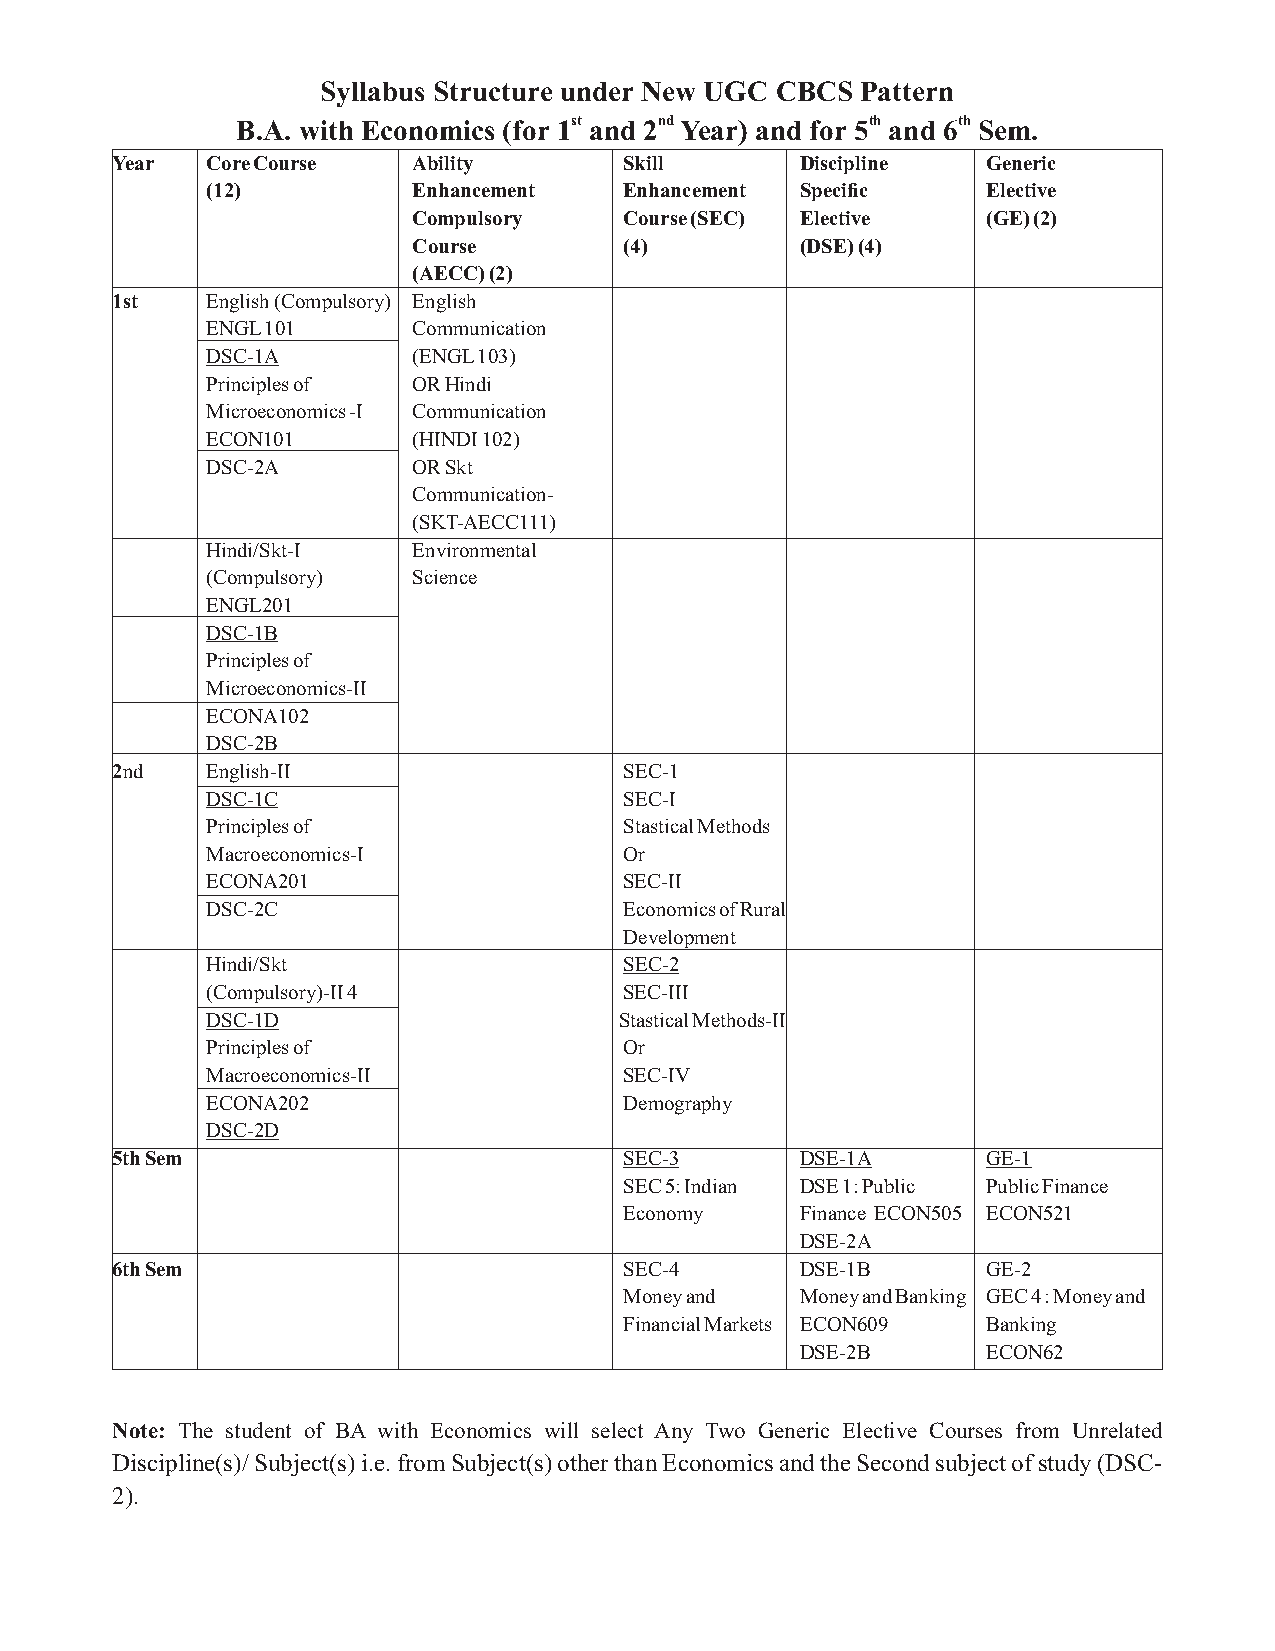
Syllabus Structure under New UGC CBCS Pattern
 B.A. with Economics (for 1st and 2nd Year) and for 5th and 6th Sem.
 Year   Core Course  Ability       Skill       Discipline  Generic
 (12)         Enhancement   Enhancement Specific    Elective
 Compulsory    Course (SEC) Elective   (GE) (2)
 Course        (4)         (DSE) (4)
 (AECC) (2)
 1st    English (Compulsory) English
 ENGL 101     Communication
 DSC-1A       (ENGL 103)
 Principles of OR Hindi
 Microeconomics -I Communication
 ECON101      (HINDI 102)
 DSC-2A       OR Skt
 Communication-
 (SKT-AECC111)
 Hindi/Skt-I  Environmental
 (Compulsory) Science
 ENGL201
 DSC-1B
 Principles of
 Microeconomics-II
 ECONA102
 DSC-2B
 2nd    English-II                 SEC-1
 DSC-1C                     SEC-I
 Principles of              Stastical Methods
 Macroeconomics-I           Or
 ECONA201                   SEC-II
 DSC-2C                     Economics of Rural
 Development
 Hindi/Skt                  SEC-2
 (Compulsory)-II 4          SEC-III
 DSC-1D                     Stastical Methods-II
 Principles of              Or
 Macroeconomics-II          SEC-IV
 ECONA202                   Demography
 DSC-2D
 5th Sem                           SEC-3       DSE-1A      GE-1
 SEC 5: Indian DSE 1: Public Public Finance
 Economy     Finance ECON505 ECON521
 DSE-2A
 6th Sem                           SEC-4       DSE-1B      GE-2
 Money and   Money and Banking GEC 4 : Money and
 Financial Markets ECON609 Banking
 DSE-2B      ECON62
 Note: The student of BA with Economics will select Any Two Generic Elective Courses from Unrelated
 Discipline(s)/ Subject(s) i.e. from Subject(s) other than Economics and the Second subject of study (DSC-
 2).